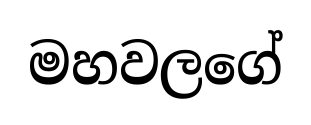
මහවලගේ